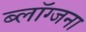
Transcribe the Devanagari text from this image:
ब्लॉग्जना